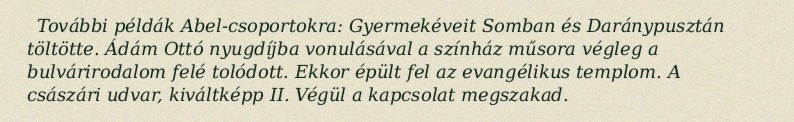
További példák Abel-csoportokra: Gyermekéveit Somban és Daránypusztán töltötte. Ádám Ottó nyugdíjba vonulásával a színház műsora végleg a bulvárirodalom felé tolódott. Ekkor épült fel az evangélikus templom. A császári udvar, kiváltképp II. Végül a kapcsolat megszakad.